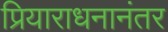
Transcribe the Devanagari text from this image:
प्रियाराधनानंतर